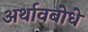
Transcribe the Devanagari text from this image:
अर्थावबोधे